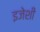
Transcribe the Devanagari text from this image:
इजेशी